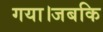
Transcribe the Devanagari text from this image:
गया।जबकि